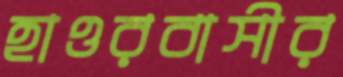
হাওরবাসীর